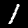
Digit: 1